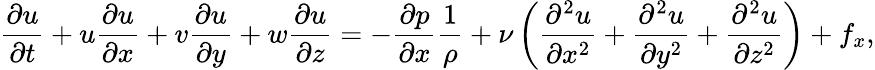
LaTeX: {\frac{\partial u}{\partial t}}+u{\frac{\partial u}{\partial x}}+v{\frac{\partial u}{\partial y}}+w{\frac{\partial u}{\partial z}}=-{\frac{\partial p}{\partial x}}{\frac{1}{\rho}}+\nu\left({\frac{\partial^{2}u}{\partial x^{2}}}+{\frac{\partial^{2}u}{\partial y^{2}}}+{\frac{\partial^{2}u}{\partial z^{2}}}\right)+f_{x},